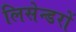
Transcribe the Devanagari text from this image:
लिसेन्डरों